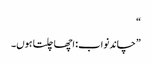
“
”چاند نواب: اچھا چلتا ہوں۔